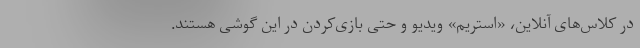
در کلاس‌های آنلاین، «استریم» ویدیو و حتی بازی‌کردن در این گوشی هستند.